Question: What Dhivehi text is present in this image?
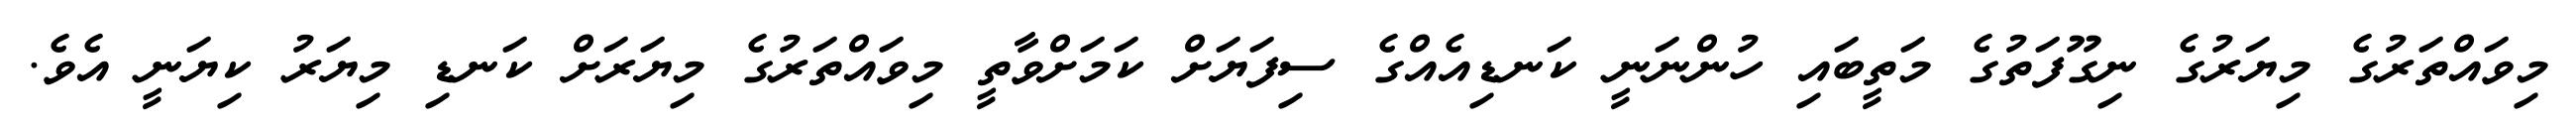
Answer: މިވައްތަރުގެ މިޔަރުގެ ނިގޫފަތުގެ މަތީބައި ހުންނަނީ ކަނޑިއެއްގެ ސިފަޔަށް ކަމަށްވާތީ މިވައްތަރުގެ މިޔަރަށް ކަނޑި މިޔަރު ކިޔަނީ އެވެ.